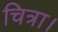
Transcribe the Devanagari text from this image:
चित्रा।